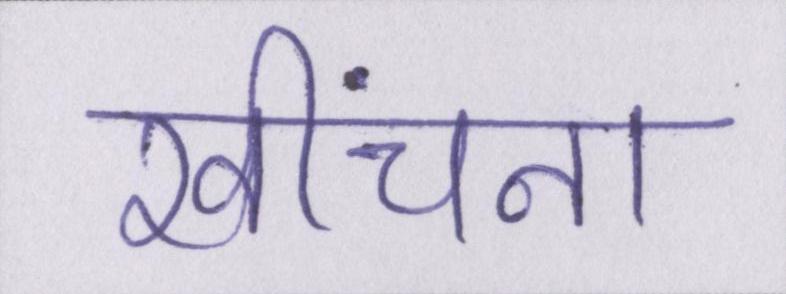
खींचना